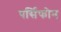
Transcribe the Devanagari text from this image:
पर्सिफोन